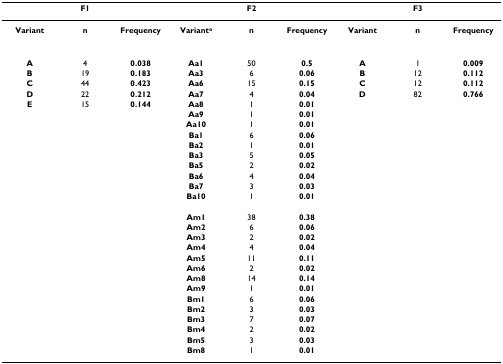
<table><thead><tr><td colspan="3"><b>F1</b></td><td colspan="3"><b>F2</b></td><td colspan="3"><b>F3</b></td></tr></thead><tbody><tr><td><b>Variant</b></td><td><b>n</b></td><td><b>Frequency</b></td><td><b>Variant<sup>a</sup></b></td><td><b>n</b></td><td><b>Frequency</b></td><td><b>Variant</b></td><td><b>n</b></td><td><b>Frequency</b></td></tr><tr><td><b>A</b></td><td>4</td><td><b>0.038</b></td><td><b>Aa1</b></td><td>50</td><td><b>0.5</b></td><td><b>A</b></td><td>1</td><td><b>0.009</b></td></tr><tr><td><b>B</b></td><td>19</td><td><b>0.183</b></td><td><b>Aa3</b></td><td>6</td><td><b>0.06</b></td><td><b>B</b></td><td>12</td><td><b>0.112</b></td></tr><tr><td><b>C</b></td><td>44</td><td><b>0.423</b></td><td><b>Aa6</b></td><td>15</td><td><b>0.15</b></td><td><b>C</b></td><td>12</td><td><b>0.112</b></td></tr><tr><td><b>D</b></td><td>22</td><td><b>0.212</b></td><td><b>Aa7</b></td><td>4</td><td><b>0.04</b></td><td><b>D</b></td><td>82</td><td><b>0.766</b></td></tr><tr><td><b>E</b></td><td>15</td><td><b>0.144</b></td><td><b>Aa8</b></td><td>1</td><td><b>0.01</b></td><td></td><td></td><td></td></tr><tr><td></td><td></td><td></td><td><b>Aa9</b></td><td>1</td><td><b>0.01</b></td><td></td><td></td><td></td></tr><tr><td></td><td></td><td></td><td><b>Aa10</b></td><td>1</td><td><b>0.01</b></td><td></td><td></td><td></td></tr><tr><td></td><td></td><td></td><td><b>Ba1</b></td><td>6</td><td><b>0.06</b></td><td></td><td></td><td></td></tr><tr><td></td><td></td><td></td><td><b>Ba2</b></td><td>1</td><td><b>0.01</b></td><td></td><td></td><td></td></tr><tr><td></td><td></td><td></td><td><b>Ba3</b></td><td>5</td><td><b>0.05</b></td><td></td><td></td><td></td></tr><tr><td></td><td></td><td></td><td><b>Ba5</b></td><td>2</td><td><b>0.02</b></td><td></td><td></td><td></td></tr><tr><td></td><td></td><td></td><td><b>Ba6</b></td><td>4</td><td><b>0.04</b></td><td></td><td></td><td></td></tr><tr><td></td><td></td><td></td><td><b>Ba7</b></td><td>3</td><td><b>0.03</b></td><td></td><td></td><td></td></tr><tr><td></td><td></td><td></td><td><b>Ba10</b></td><td>1</td><td><b>0.01</b></td><td></td><td></td><td></td></tr><tr><td></td><td></td><td></td><td><b>Am1</b></td><td>38</td><td><b>0.38</b></td><td></td><td></td><td></td></tr><tr><td></td><td></td><td></td><td><b>Am2</b></td><td>6</td><td><b>0.06</b></td><td></td><td></td><td></td></tr><tr><td></td><td></td><td></td><td><b>Am3</b></td><td>2</td><td><b>0.02</b></td><td></td><td></td><td></td></tr><tr><td></td><td></td><td></td><td><b>Am4</b></td><td>4</td><td><b>0.04</b></td><td></td><td></td><td></td></tr><tr><td></td><td></td><td></td><td><b>Am5</b></td><td>11</td><td><b>0.11</b></td><td></td><td></td><td></td></tr><tr><td></td><td></td><td></td><td><b>Am6</b></td><td>2</td><td><b>0.02</b></td><td></td><td></td><td></td></tr><tr><td></td><td></td><td></td><td><b>Am8</b></td><td>14</td><td><b>0.14</b></td><td></td><td></td><td></td></tr><tr><td></td><td></td><td></td><td><b>Am9</b></td><td>1</td><td><b>0.01</b></td><td></td><td></td><td></td></tr><tr><td></td><td></td><td></td><td><b>Bm1</b></td><td>6</td><td><b>0.06</b></td><td></td><td></td><td></td></tr><tr><td></td><td></td><td></td><td><b>Bm2</b></td><td>3</td><td><b>0.03</b></td><td></td><td></td><td></td></tr><tr><td></td><td></td><td></td><td><b>Bm3</b></td><td>7</td><td><b>0.07</b></td><td></td><td></td><td></td></tr><tr><td></td><td></td><td></td><td><b>Bm4</b></td><td>2</td><td><b>0.02</b></td><td></td><td></td><td></td></tr><tr><td></td><td></td><td></td><td><b>Bm5</b></td><td>3</td><td><b>0.03</b></td><td></td><td></td><td></td></tr><tr><td></td><td></td><td></td><td><b>Bm8</b></td><td>1</td><td><b>0.01</b></td><td></td><td></td><td></td></tr></tbody></table>